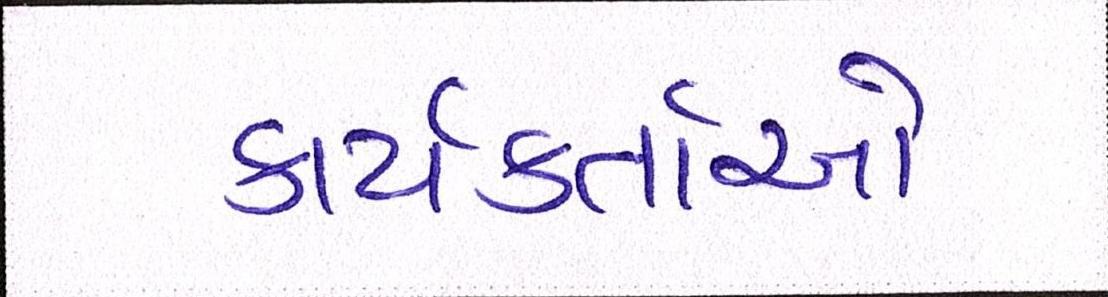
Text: કાર્યકર્તાઓ